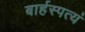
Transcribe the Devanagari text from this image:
बार्हस्पत्यं